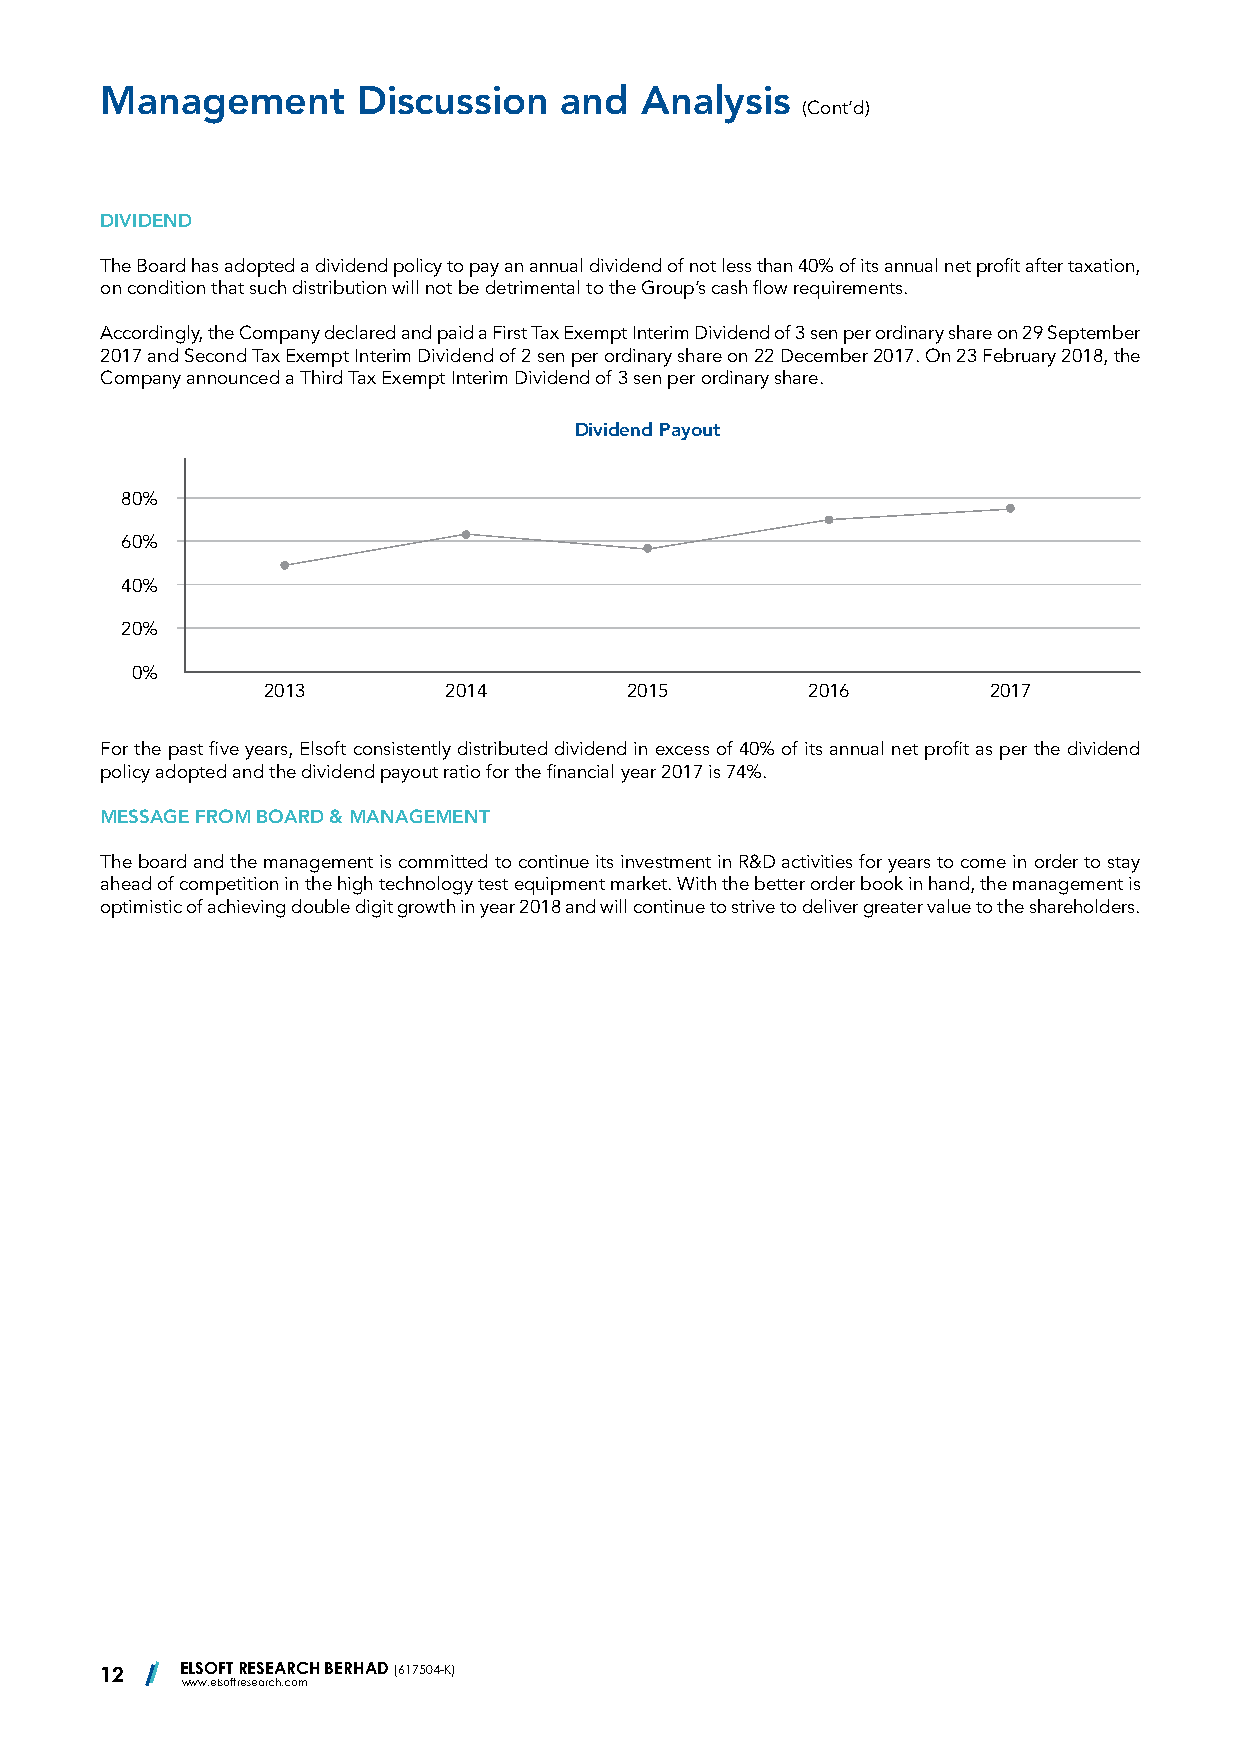
Management       Discussion   and  Analysis
 (Cont’d)
 DIVIDEND
 The Board has adopted a dividend policy to pay an annual dividend of not less than 40% of its annual net profit after taxation,
 on condition that such distribution will not be detrimental to the Group’s cash flow requirements.
 Accordingly, the Company declared and paid a First Tax Exempt Interim Dividend of 3 sen per ordinary share on 29 September
 2017 and Second Tax Exempt Interim Dividend of 2 sen per ordinary share on 22 December 2017. On 23 February 2018, the
 Company announced a Third Tax Exempt Interim Dividend of 3 sen per ordinary share.
 Dividend Payout
 80%
 60%
 40%
 20%
 0%
 2013        2014        2015        2016        2017
 For the past five years, Elsoft consistently distributed dividend in excess of 40% of its annual net profit as per the dividend
 policy adopted and the dividend payout ratio for the financial year 2017 is 74%.
 MESSAGE FROM BOARD & MANAGEMENT
 The board and the management is committed to continue its investment in R&D activities for years to come in order to stay
 ahead of competition in the high technology test equipment market. With the better order book in hand, the management is
 optimistic of achieving double digit growth in year 2018 and will continue to strive to deliver greater value to the shareholders.
 12   ELSOFT RESEARCH BERHAD (617504-K)
 www.elsoftresearch.com